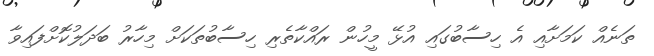
ތަނެއް ކަމަށާއި އެ ހިސާބުގައި އުޅޭ މީހުން ރައްކާތެރި ހިސާބުތަކަށް މިހާރު ބަދަލުކޮށްފައިވާ